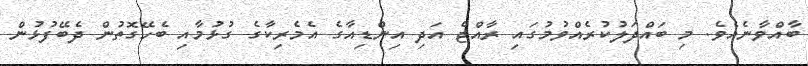
ބާއްވާނެއެވެ. މި ބައްދަލުކުރެއްވުމުގައި ރާއްޖެ އަދި އިންޑިއާގެ އެމެރިކާގެ ގުޅުމާއި ބެހޭގޮތުން ދެބޭފުޅުން